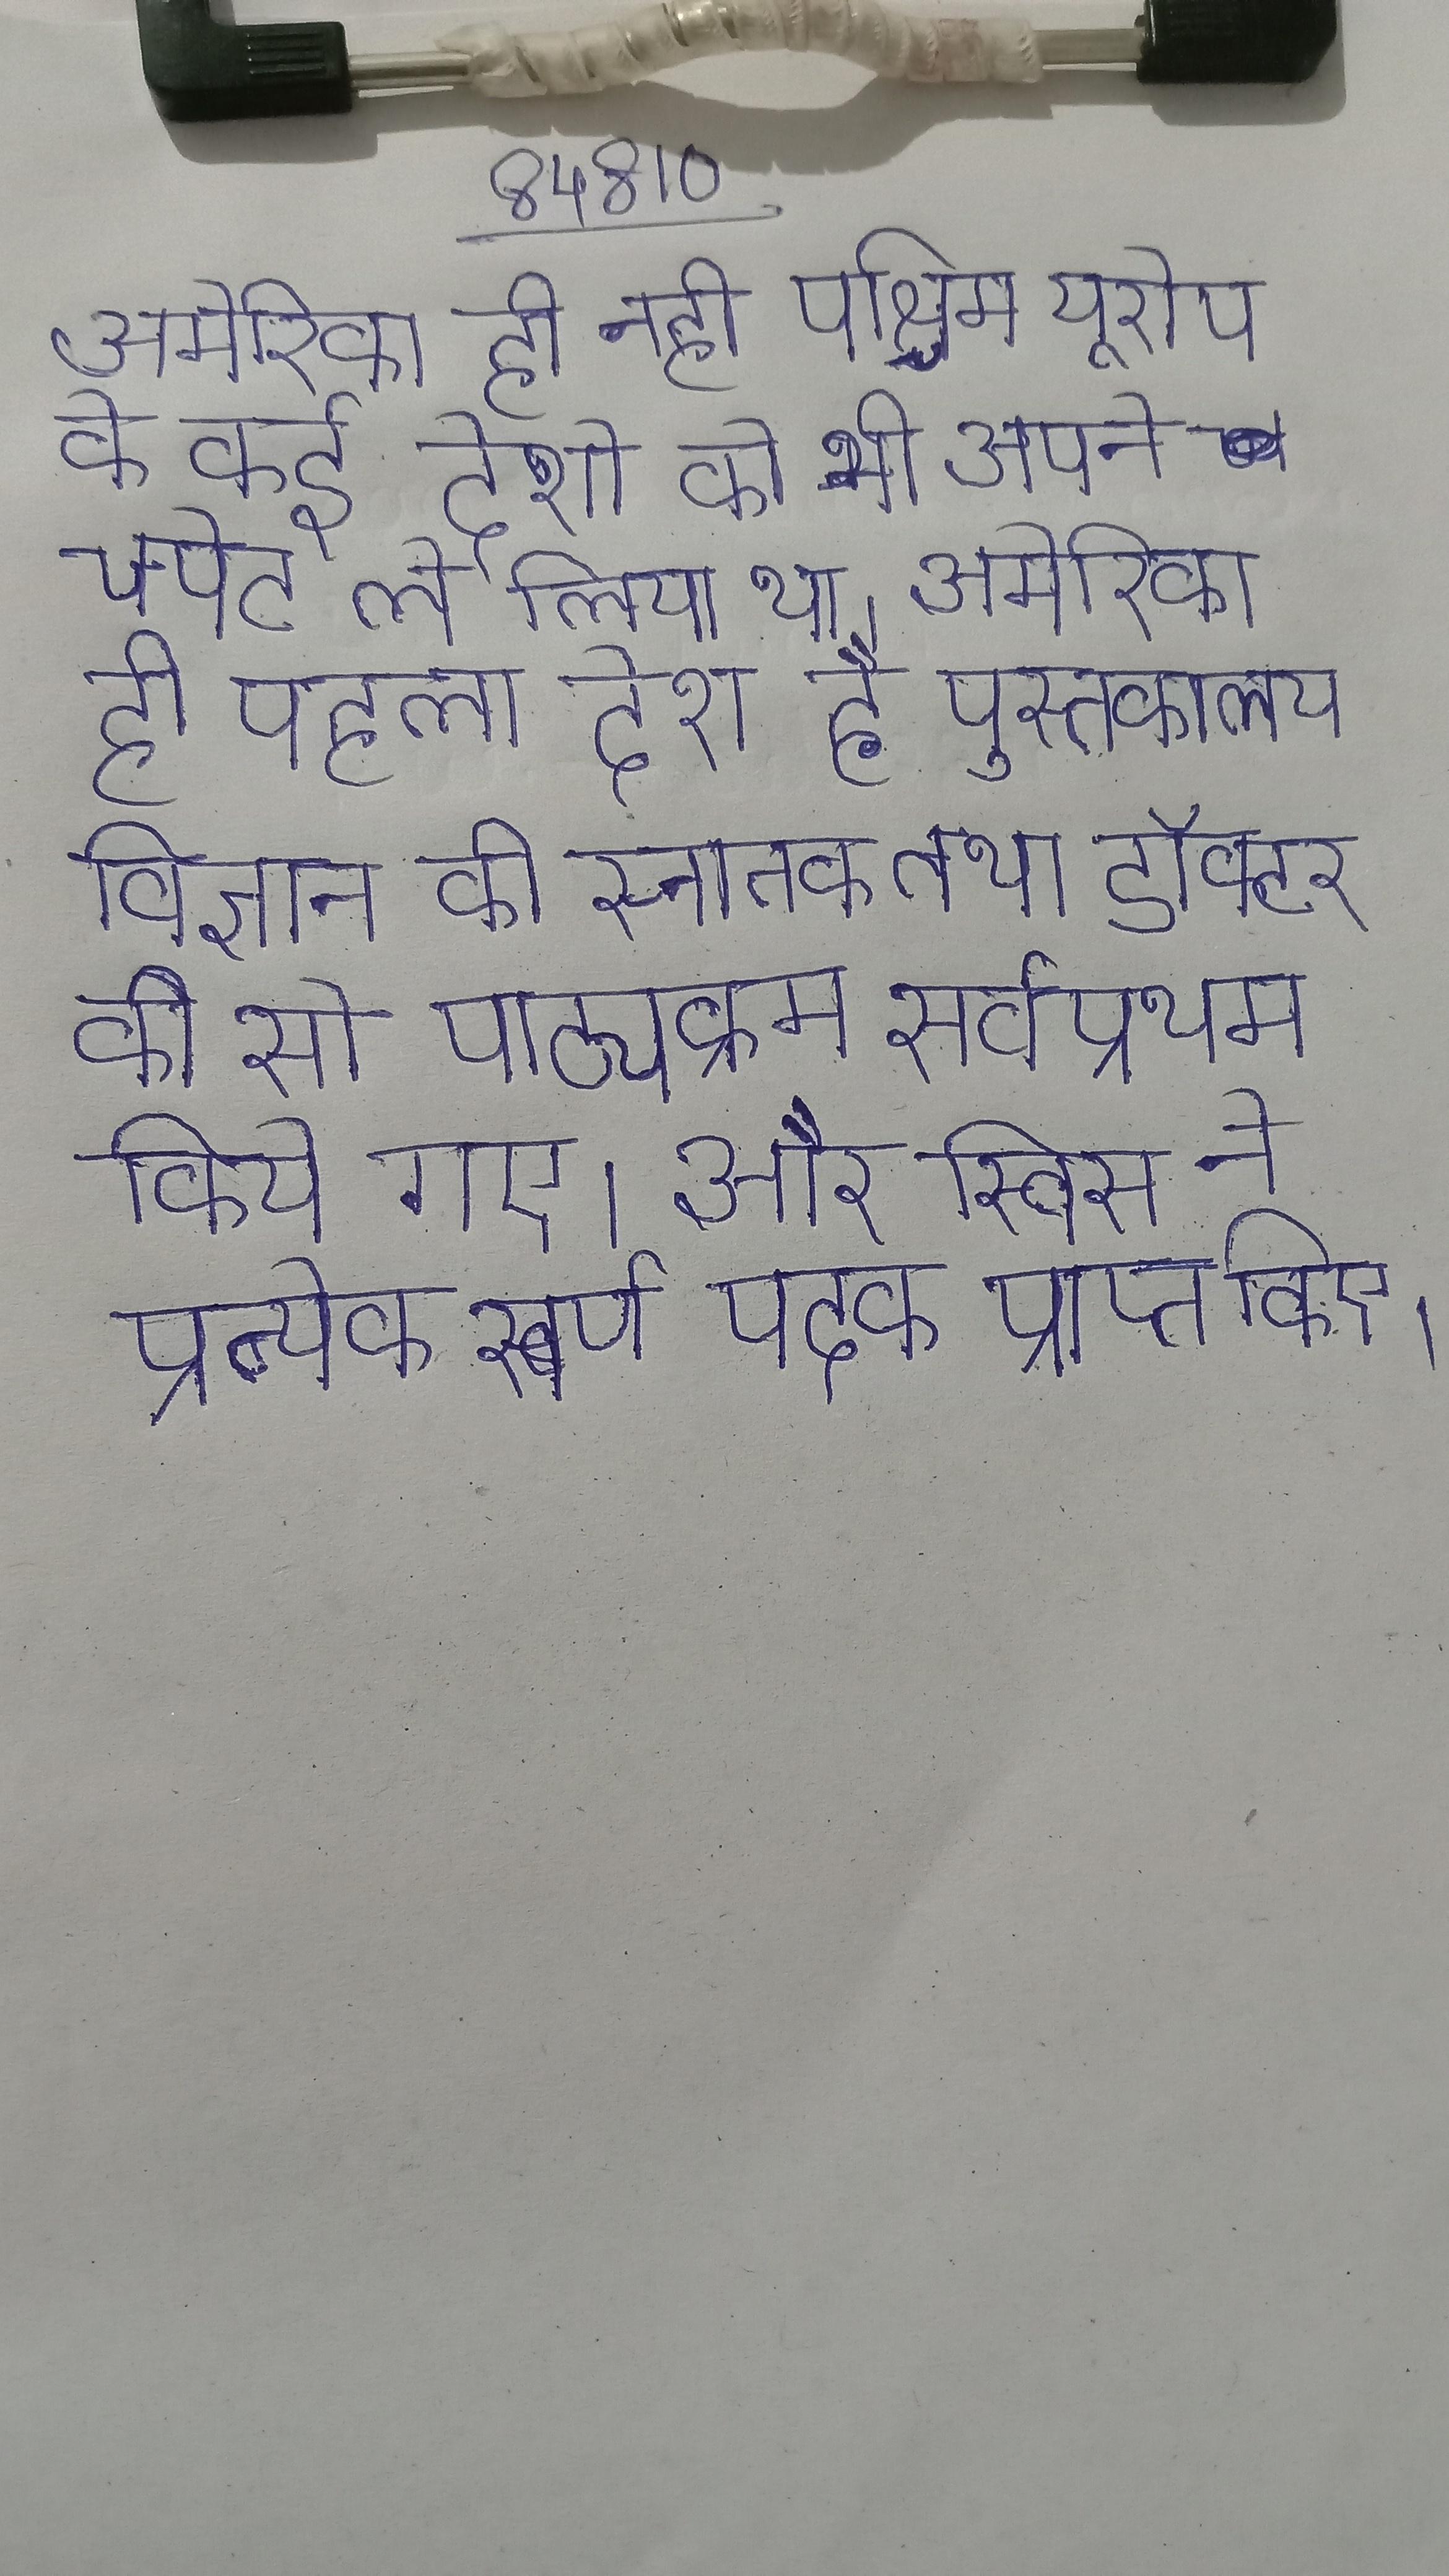
अमेरिका ही नही पश्चिम यूरोप के कई देशो को भी अपने चपेट ले लिया था । अमेरिका ही पहला देश है पुस्तकालय विज्ञान की स्नातक तथा डॉक्टर की से पाठ्यक्रम सर्वप्रथम किये गए । और स्विस ने प्रत्येक स्वर्ण पदक प्राप्त किए ।